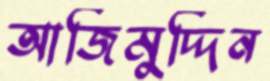
আজিমুদ্দিন